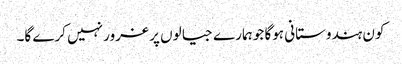
کون ہندوستانی ہوگا جو ہمارے جیالوں پر غرور نہیں کرے گا۔